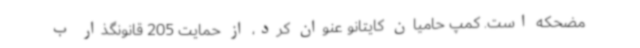
مضحکه است. کمپ حامیان کایتانو عنوان کرد، از حمایت 205 قانونگذار ب